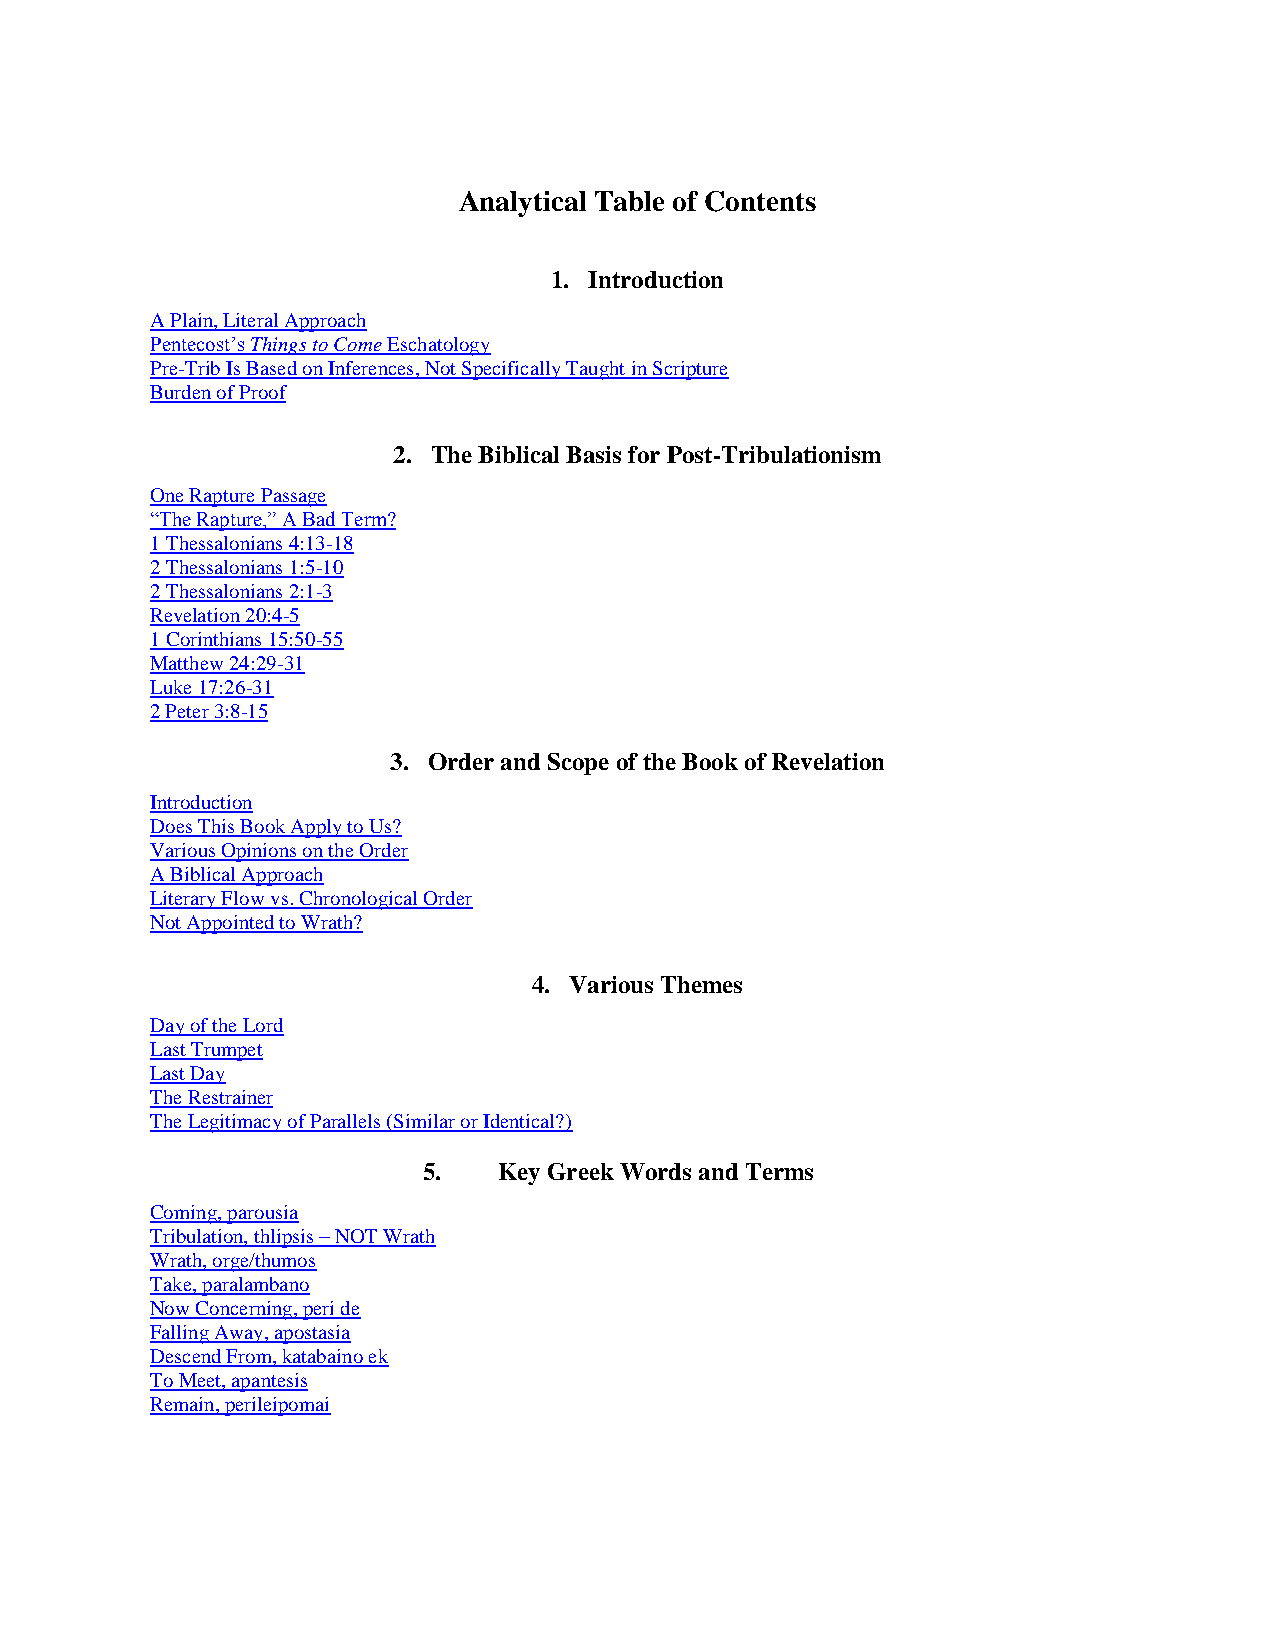
Analytical Table of Contents
 1. Introduction
 A Plain, Literal Approach
 Pentecost‟s Things to Come Eschatology
 Pre-Trib Is Based on Inferences, Not Specifically Taught in Scripture
 Burden of Proof
 2. The Biblical Basis for Post-Tribulationism
 One Rapture Passage
 “The Rapture,” A Bad Term?
 1 Thessalonians 4:13-18
 2 Thessalonians 1:5-10
 2 Thessalonians 2:1-3
 Revelation 20:4-5
 1 Corinthians 15:50-55
 Matthew 24:29-31
 Luke 17:26-31
 2 Peter 3:8-15
 3. Order and Scope of the Book of Revelation
 Introduction
 Does This Book Apply to Us?
 Various Opinions on the Order
 A Biblical Approach
 Literary Flow vs. Chronological Order
 Not Appointed to Wrath?
 4. Various Themes
 Day of the Lord
 Last Trumpet
 Last Day
 The Restrainer
 The Legitimacy of Parallels (Similar or Identical?)
 5.   Key Greek Words and Terms
 Coming, parousia
 Tribulation, thlipsis – NOT Wrath
 Wrath, orge/thumos
 Take, paralambano
 Now Concerning, peri de
 Falling Away, apostasia
 Descend From, katabaino ek
 To Meet, apantesis
 Remain, perileipomai